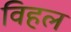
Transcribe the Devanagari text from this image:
विहल